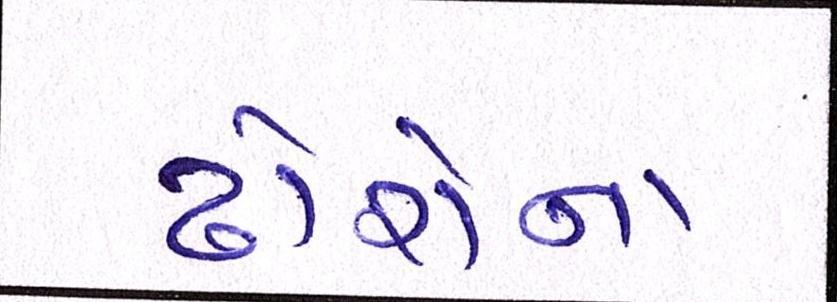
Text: ઢોરોના